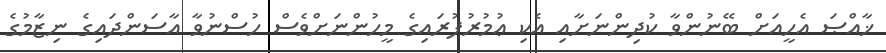
ޚާއްޞަ އެހީއަށް ބޭނުންވާ ކުދިންނަށާއި އެކި ޢުމުރުފުރައިގެ މީހުންނަށްވެސް ހުސްނުވާ އާސަންދައިގެ ނިޒާމުގެ